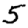
Digit: 5